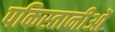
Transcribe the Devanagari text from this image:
पकिस्तानीओं